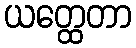
ယတ္ထေတာ